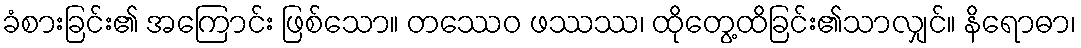
ခံစားခြင်း၏ အကြောင်း ဖြစ်သော။ တဿေဝ ဖဿဿ၊ ထိုတွေ့ထိခြင်း၏သာလျှင်။ နိရောဓာ၊